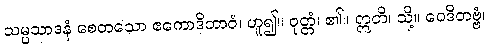
သမ္ပသာဒနံ စေတသော ဧကောဒိဘာဝံ၊ ဟူ၍။ ဝုတ္တံ၊ ၏။ ဣတိ၊ သို့။ ဝေဒိတဗ္ဗံ၊